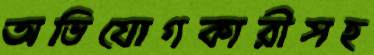
অভিযোগকারীসহ